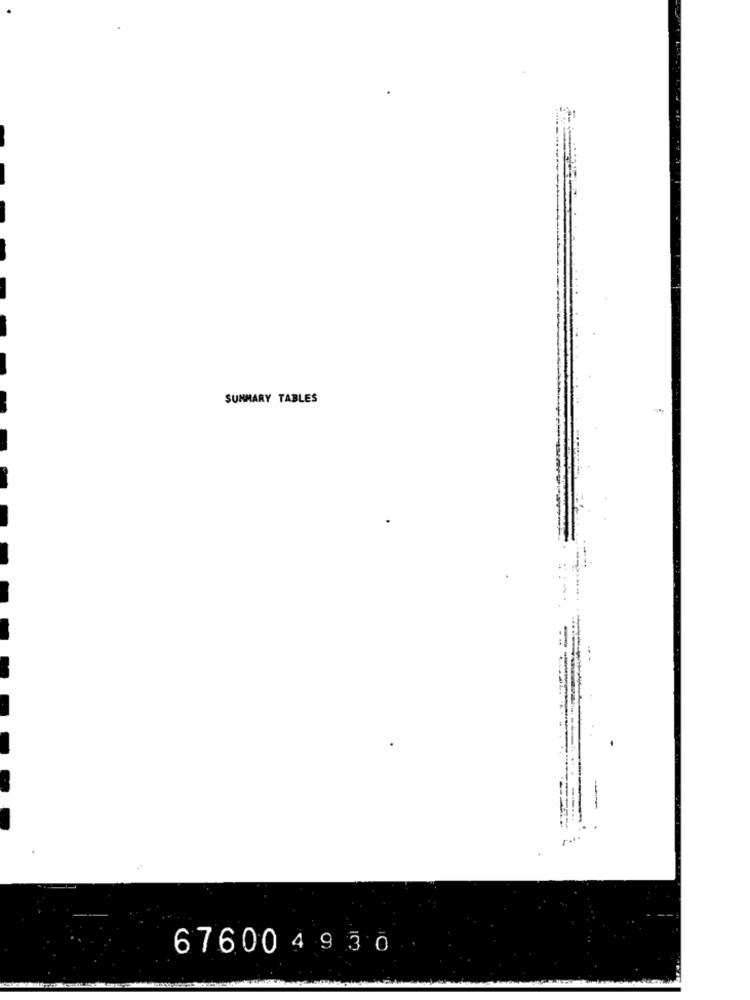
SUMMARY TABLES
676004930